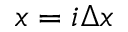
x = i \Delta x